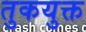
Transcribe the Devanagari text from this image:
तुकयुक्त